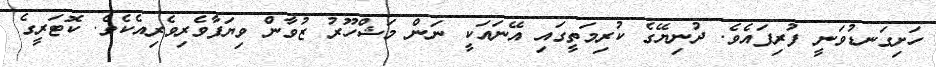
ހަށިގަނޑުވަނީ ފުރިފައެވެ. ދުނިޔޭގެ ކުރިމަތީގައި އޭނައަކީ ނަން މަޝްހޫރު ޒުވާން ވިޔަފާވެރިވެރިއެކެވެ. ކޮޓަރީގެ